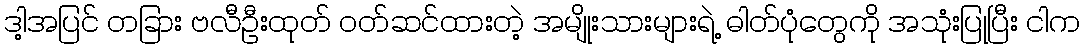
ဒါ့အပြင် တခြား ဗလီဦးထုတ် ဝတ်ဆင်ထားတဲ့ အမျိုးသားများရဲ့ ဓါတ်ပုံတွေကို အသုံးပြုပြီး ငါက